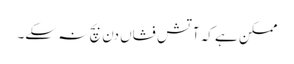
ممکن ہے کہ آتش فشاں دن بچ نہ سکے۔